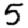
Digit: 5